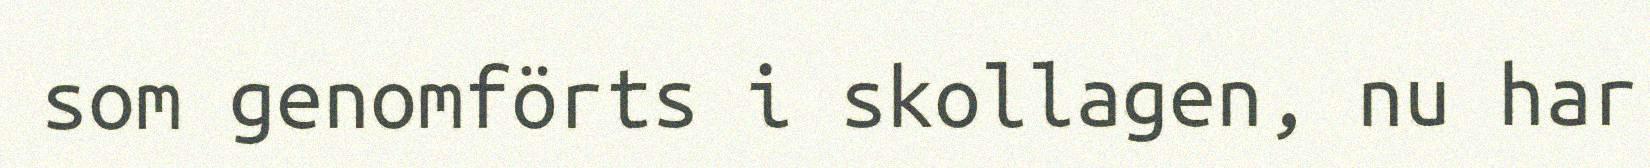
som genomförts i skollagen, nu har